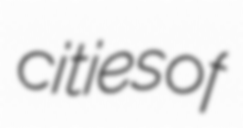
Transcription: cities of